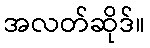
အလတ်ဆိုဒ်။